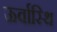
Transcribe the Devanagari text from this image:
ऊर्वास्थि